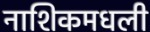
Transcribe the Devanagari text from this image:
नाशिकमधली